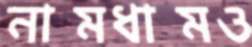
নামধামও